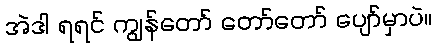
အဲဒါ ရရင် ကျွန်တော် တော်တော် ပျော်မှာပဲ။